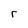
Character: r